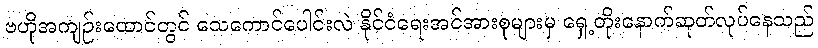
ဗဟိုအကျဉ်းထောင်တွင် သေကောင်ပေါင်းလဲ နိုင်ငံရေးအင်အားစုများမှ ရှေ့တိုးနောက်ဆုတ်လုပ်နေသည်